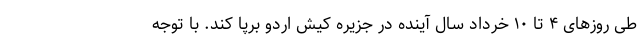
طی روزهای ۴ تا ۱۰ خرداد سال آینده در جزیره کیش اردو برپا کند. با توجه